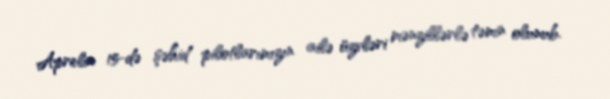
Aprelin 15-də şəhid pilotlarımızın ailə üzvləri mənzillərlə təmin olunub.